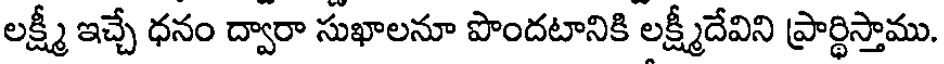
లక్ష్మీ ఇచ్చే ధనం ద్వారా సుఖాలనూ పొందటానికి లక్ష్మీదేవిని ప్రార్థిస్తాము.